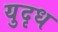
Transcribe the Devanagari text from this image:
युदृध